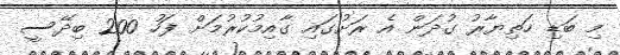
މި ބަޑި ހަތިޔާރު ގުދަން އެ ރަށުގައި ގާއިމުކުރުމަށް ފަހު 200 ބިދޭސީ